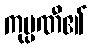
ကုမ္ပဏီ၏